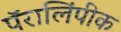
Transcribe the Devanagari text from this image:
पॅरालिंपीक